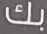
بك